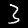
Label: 3